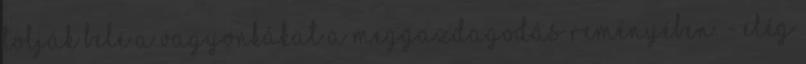
tolják bele a vagyonkákat a meggazdagodás reményében. - Elég